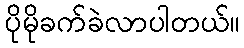
ပိုမိုခက်ခဲလာပါတယ်။